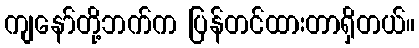
ကျနော်တို့ဘက်က ပြန်တင်ထားတာရှိတယ်။